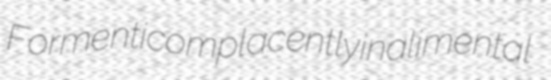
Formenti complacently inalimental